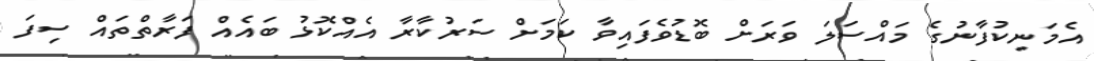
އެމަނިކުފާނުގެ މައްސަލަ ވަރަށް ބޮޑުވެފައިވާ ކަމަށް ސަރުކާރާ އެއްކޮޅު ބައެއް ފަރާތްތައް ސިފަ